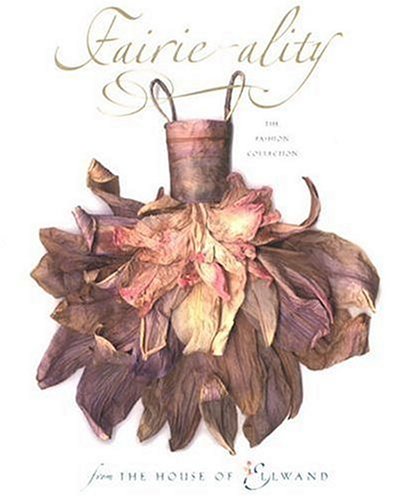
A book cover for Fairie-ality: The Fashion Collection from the House of Ellwand; Eugenie Bird; Science Fiction & Fantasy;